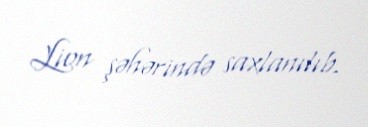
Lion şəhərində saxlanılıb.